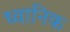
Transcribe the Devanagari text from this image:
ध्‍वानिक